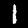
Label: 1